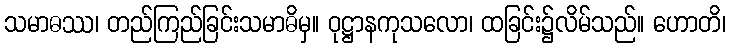
သမာဓဿ၊ တည်ကြည်ခြင်းသမာဓိမှ။ ဝုဋ္ဌာနကုသလော၊ ထခြင်း၌လိမ်သည်။ ဟောတိ၊